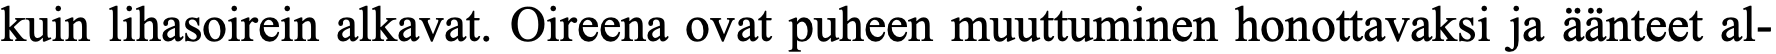
kuin lihasoirein alkavat. Oireena ovat puheen muuttuminen honottavaksi ja äänteet al-